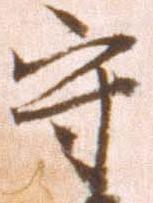
守